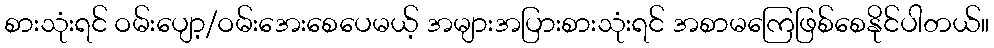
စားသုံးရင် ဝမ်းပျော့/ဝမ်းအေးစေပေမယ့် အများအပြားစားသုံးရင် အစာမကြေဖြစ်စေနိုင်ပါတယ်။